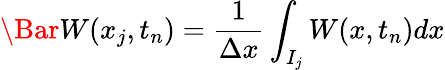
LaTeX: \Bar W(x_{j},t_{n})=\frac{1}{\Delta x}\int_{I_{j}}W(x,t_{n})dx